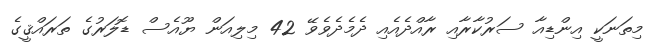
މިތަނަކީ އިންޑިއާ ސަރުކާރާއި ރާއްދެއެއި ދެމެދެވެވޭ 42 މިލިއަން ޔޫއެސް ޑޮލަރުގެ ތަރައްޤީގެ